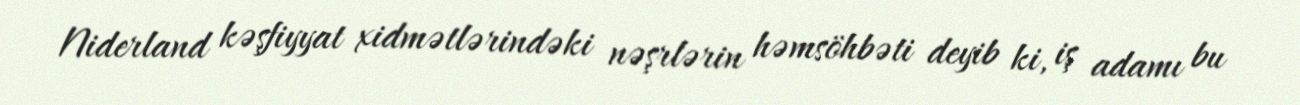
Niderland kəşfiyyat xidmətlərindəki nəşrlərin həmsöhbəti deyib ki, iş adamı bu